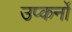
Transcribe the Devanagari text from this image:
उप्कर्नो